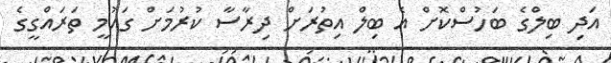
އަދި ބިލްގެ ބަހުސްކޮށް އެ ބިލް އިތުރަށް ދިރާސާ ކުރުމަށް ގައުމީ ތަރައްގީގެ